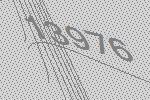
13976